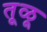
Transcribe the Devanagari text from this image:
तूळू